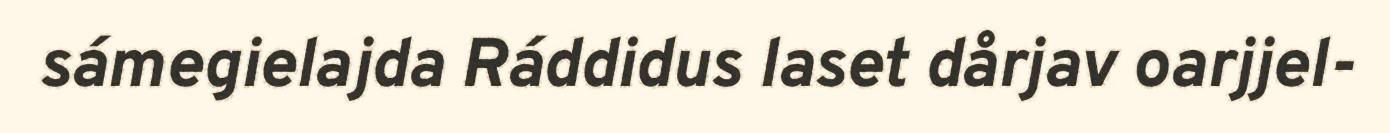
sámegielajda Ráddidus laset dårjav oarjjel-